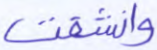
وانشقت